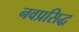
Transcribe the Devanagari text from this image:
नवप्रसिद्ध